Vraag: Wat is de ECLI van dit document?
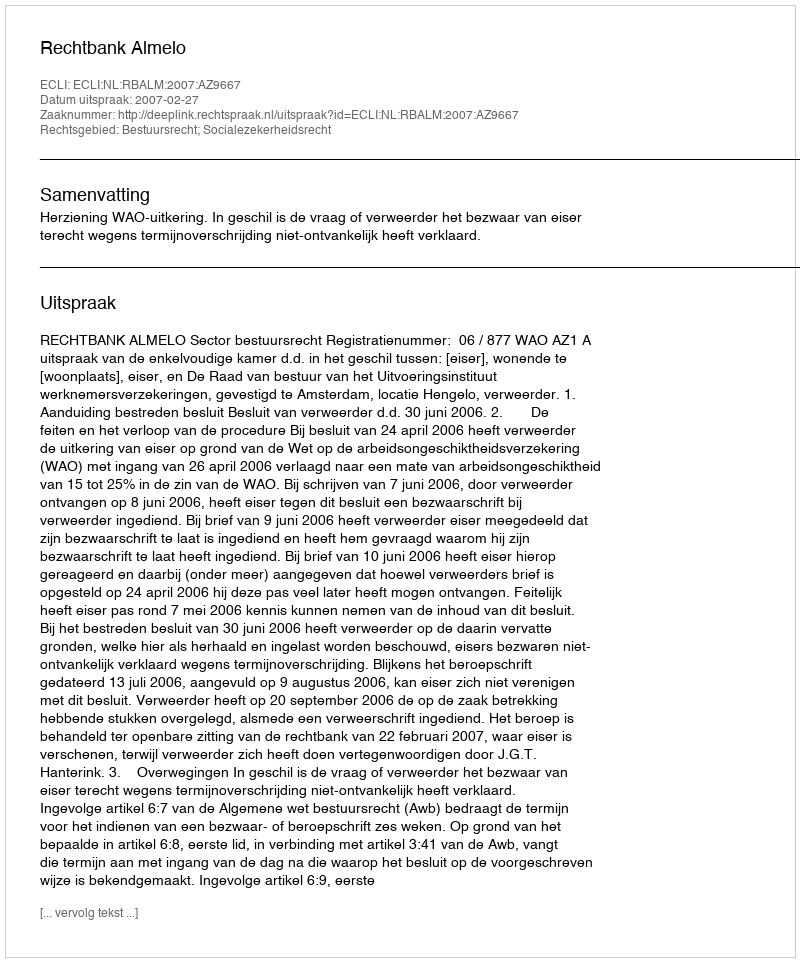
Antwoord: ECLI:NL:RBALM:2007:AZ9667